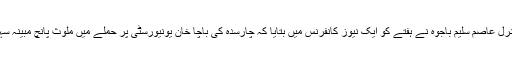
پاکستانی فوج کے ترجمان لیفٹیننٹ جنرل عاصم سلیم باجوہ نے ہفتے کو ایک نیوز کانفرنس میں بتایا کہ چارسدہ کی باچا خان یونیورسٹی پر حملے میں ملوث پانچ مبینہ سہولت کاروں کو گرفتار کر لیا گیا ہے۔